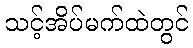
သင့်အိပ်မက်ထဲတွင်